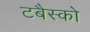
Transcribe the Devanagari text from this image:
टबैस्को